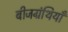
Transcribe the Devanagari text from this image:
बीजग्रंथियाँ